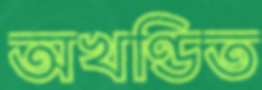
অখণ্ডিত